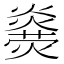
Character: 𤐥